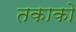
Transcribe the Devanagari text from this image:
तकाको